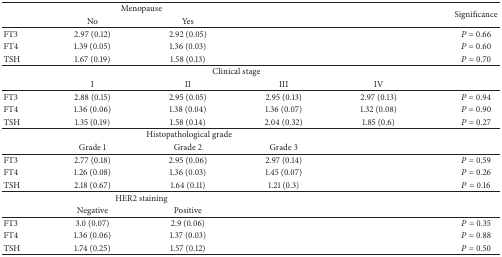
<table><thead><tr><td><b> </b></td><td colspan="2"><b>Menopause</b></td><td><b> </b></td><td><b> </b></td><td rowspan="2"><b>Significance</b></td></tr><tr><td><b> </b></td><td><b>No</b></td><td><b>Yes</b></td><td><b> </b></td><td><b> </b></td></tr></thead><tbody><tr><td>FT3</td><td>2.97 (0.12)</td><td>2.92 (0.05)</td><td> </td><td> </td><td><i>P</i> = 0.66</td></tr><tr><td>FT4</td><td>1.39 (0.05)</td><td>1.36 (0.03)</td><td> </td><td> </td><td><i>P</i> = 0.60</td></tr><tr><td>TSH</td><td>1.67 (0.19)</td><td>1.58 (0.13)</td><td> </td><td> </td><td><i>P</i> = 0.70</td></tr><tr><td> </td><td colspan="4">Clinical stage</td><td> </td></tr><tr><td> </td><td>I</td><td>II</td><td>III</td><td>IV</td><td> </td></tr><tr><td>FT3</td><td>2.88 (0.15)</td><td>2.95 (0.05)</td><td>2.95 (0.13)</td><td>2.97 (0.13)</td><td><i>P</i> = 0.94</td></tr><tr><td>FT4</td><td>1.36 (0.06)</td><td>1.38 (0.04)</td><td>1.36 (0.07)</td><td>1.32 (0.08)</td><td><i>P</i> = 0.90</td></tr><tr><td>TSH</td><td>1.35 (0.19)</td><td>1.58 (0.14)</td><td>2.04 (0.32)</td><td>1.85 (0.6)</td><td><i>P</i> = 0.27</td></tr><tr><td> </td><td colspan="3">Histopathological grade</td><td> </td><td> </td></tr><tr><td> </td><td>Grade 1</td><td>Grade 2</td><td>Grade 3</td><td> </td><td> </td></tr><tr><td>FT3</td><td>2.77 (0.18)</td><td>2.95 (0.06)</td><td>2.97 (0.14)</td><td> </td><td><i>P</i> = 0.59</td></tr><tr><td>FT4</td><td>1.26 (0.08)</td><td>1.36 (0.03)</td><td>1.45 (0.07)</td><td> </td><td><i>P</i> = 0.26</td></tr><tr><td>TSH</td><td>2.18 (0.67)</td><td>1.64 (0.11)</td><td>1.21 (0.3)</td><td> </td><td><i>P</i> = 0.16</td></tr><tr><td> </td><td colspan="2">HER2 staining</td><td> </td><td> </td><td> </td></tr><tr><td> </td><td>Negative</td><td>Positive</td><td> </td><td> </td><td> </td></tr><tr><td>FT3</td><td>3.0 (0.07)</td><td>2.9 (0.06)</td><td> </td><td> </td><td><i>P</i> = 0.35</td></tr><tr><td>FT4</td><td>1.36 (0.06)</td><td>1.37 (0.03)</td><td> </td><td> </td><td><i>P</i> = 0.88</td></tr><tr><td>TSH</td><td>1.74 (0.25)</td><td>1.57 (0.12)</td><td> </td><td> </td><td><i>P</i> = 0.50</td></tr></tbody></table>